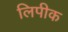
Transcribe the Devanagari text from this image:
लिपीक